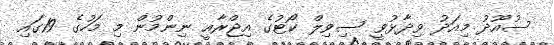
ސުއޫދު މިއަދު ވިދާޅުވީ ސިވިލް ކޯޓުގެ އިޖްރާއީ ނިންމުން މި މަހުގެ 19ގައި